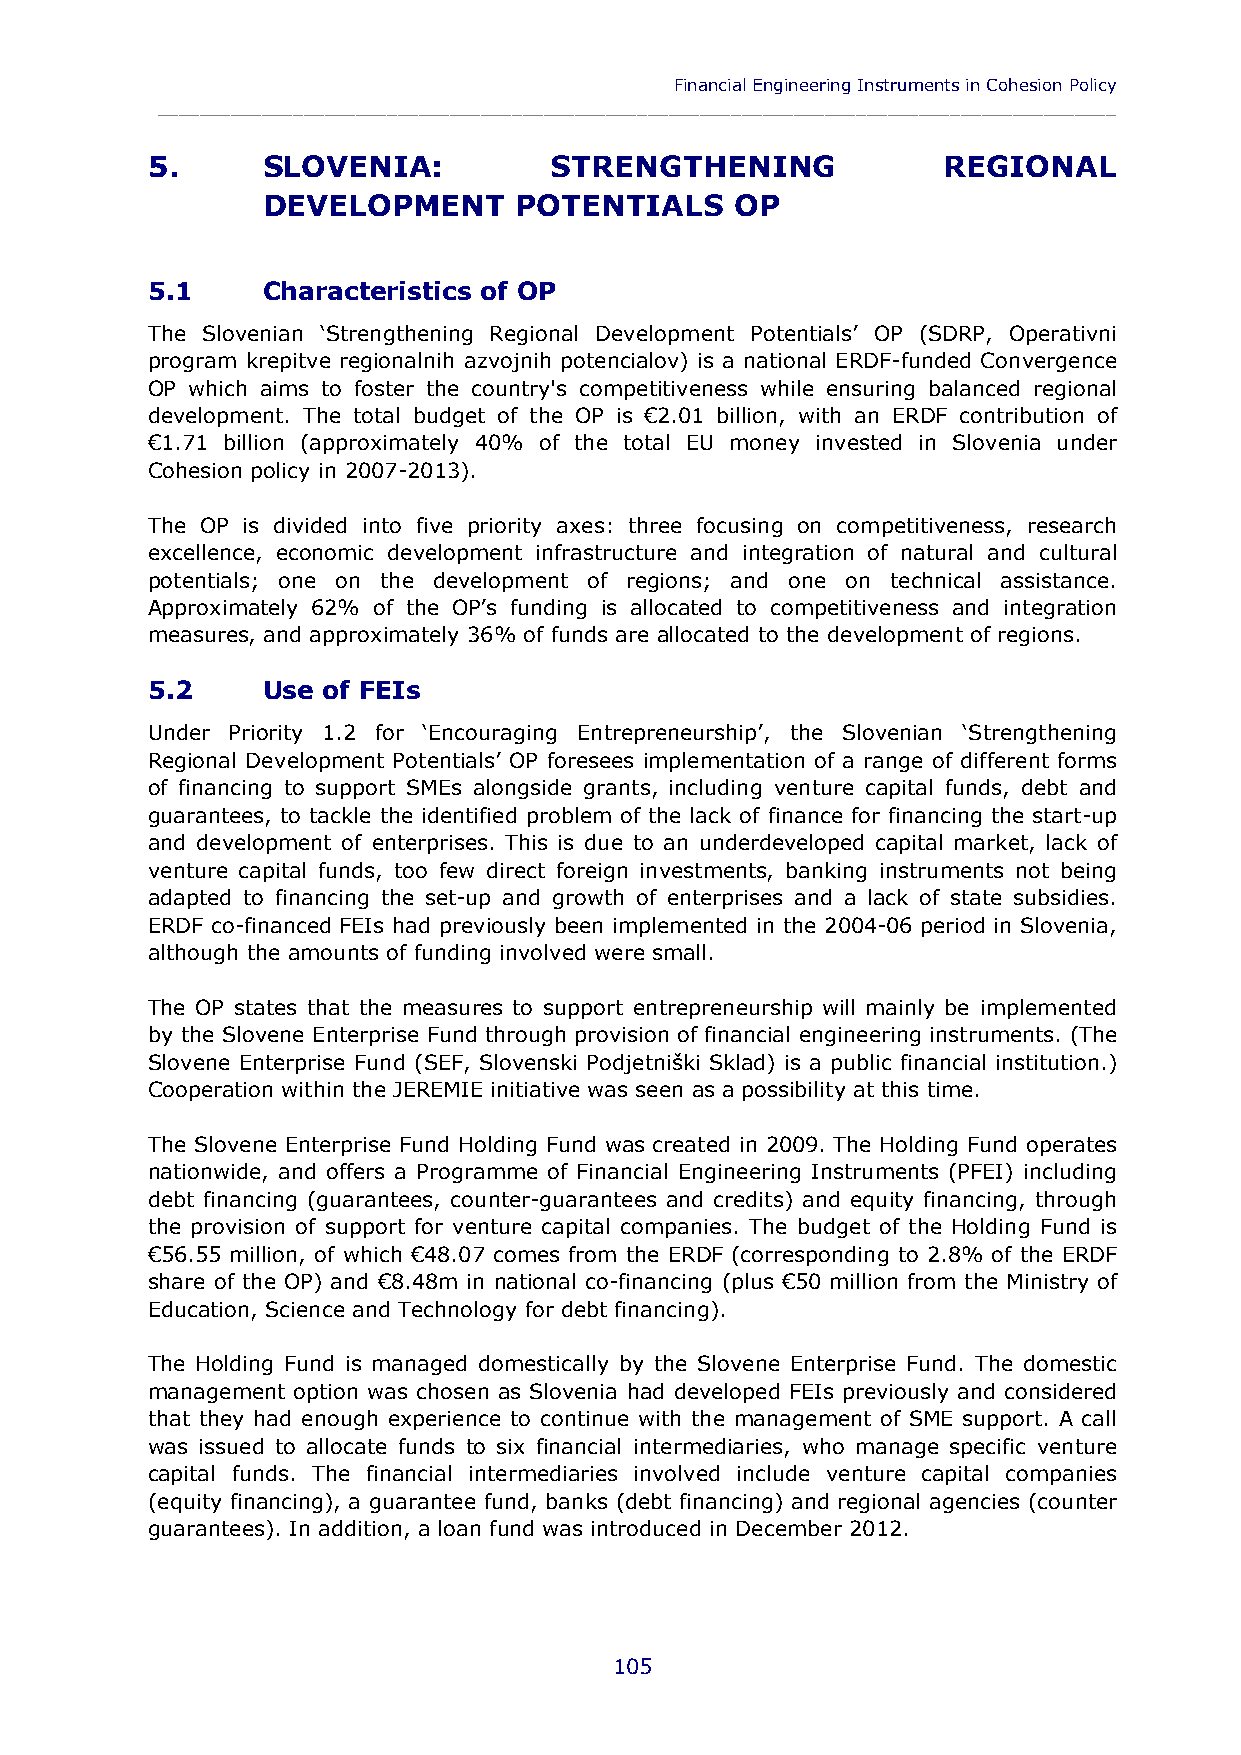
Financial Engineering Instruments in Cohesion Policy
 ____________________________________________________________________________________________
 5.     SLOVENIA:          STRENGTHENING             REGIONAL
 DEVELOPMENT      POTENTIALS     OP
 5.1    Characteristics of OP
 The Slovenian ‘Strengthening Regional Development Potentials’ OP (SDRP, Operativni
 program krepitve regionalnih azvojnih potencialov) is a national ERDF-funded Convergence
 OP which aims to foster the country's competitiveness while ensuring balanced regional
 development. The total budget of the OP is €2.01 billion, with an ERDF contribution of
 €1.71 billion (approximately 40% of the total EU money invested in Slovenia under
 Cohesion policy in 2007-2013).
 The OP is divided into five priority axes: three focusing on competitiveness, research
 excellence, economic development infrastructure and integration of natural and cultural
 potentials; one on the development of regions; and one on technical assistance.
 Approximately 62% of the OP’s funding is allocated to competitiveness and integration
 measures, and approximately 36% of funds are allocated to the development of regions.
 5.2    Use of FEIs
 Under Priority 1.2 for ‘Encouraging Entrepreneurship’, the Slovenian ‘Strengthening
 Regional Development Potentials’ OP foresees implementation of a range of different forms
 of financing to support SMEs alongside grants, including venture capital funds, debt and
 guarantees, to tackle the identified problem of the lack of finance for financing the start-up
 and development of enterprises. This is due to an underdeveloped capital market, lack of
 venture capital funds, too few direct foreign investments, banking instruments not being
 adapted to financing the set-up and growth of enterprises and a lack of state subsidies.
 ERDF co-financed FEIs had previously been implemented in the 2004-06 period in Slovenia,
 although the amounts of funding involved were small.
 The OP states that the measures to support entrepreneurship will mainly be implemented
 by the Slovene Enterprise Fund through provision of financial engineering instruments. (The
 Slovene Enterprise Fund (SEF, Slovenski Podjetniški Sklad) is a public financial institution.)
 Cooperation within the JEREMIE initiative was seen as a possibility at this time.
 The Slovene Enterprise Fund Holding Fund was created in 2009. The Holding Fund operates
 nationwide, and offers a Programme of Financial Engineering Instruments (PFEI) including
 debt financing (guarantees, counter-guarantees and credits) and equity financing, through
 the provision of support for venture capital companies. The budget of the Holding Fund is
 €56.55 million, of which €48.07 comes from the ERDF (corresponding to 2.8% of the ERDF
 share of the OP) and €8.48m in national co-financing (plus €50 million from the Ministry of
 Education, Science and Technology for debt financing).
 The Holding Fund is managed domestically by the Slovene Enterprise Fund. The domestic
 management option was chosen as Slovenia had developed FEIs previously and considered
 that they had enough experience to continue with the management of SME support. A call
 was issued to allocate funds to six financial intermediaries, who manage specific venture
 capital funds. The financial intermediaries involved include venture capital companies
 (equity financing), a guarantee fund, banks (debt financing) and regional agencies (counter
 guarantees). In addition, a loan fund was introduced in December 2012.
 105